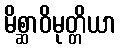
မိစ္ဆာဝိမုတ္တိယာ